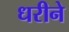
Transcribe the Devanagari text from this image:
धरीने